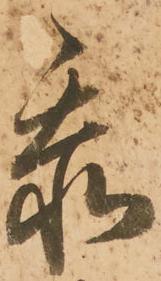
忝